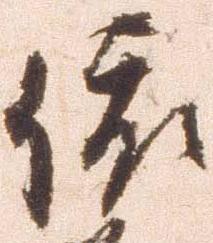
依